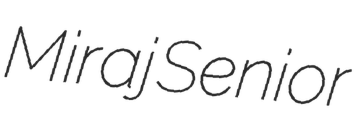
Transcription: Miraj Senior